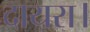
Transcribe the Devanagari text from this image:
दायरा।